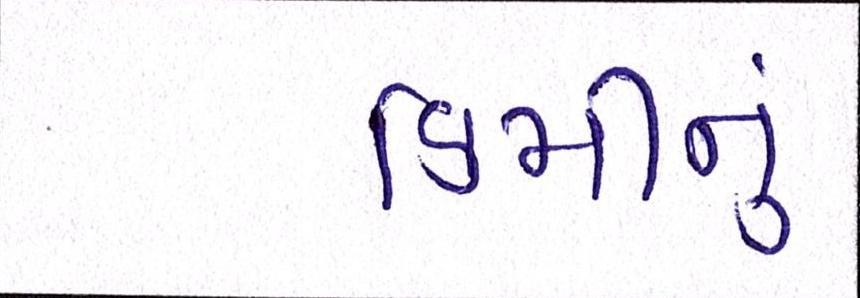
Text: કિમીનું